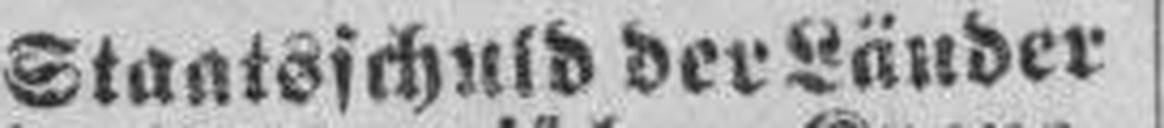
Staatsschuld der Länder